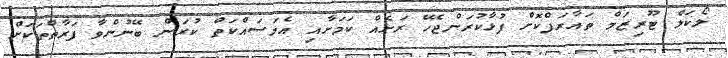
ލޯކަލް ޓޫރިޒަމް ތައާރަފްކޮށް ފުޅާކުރަންޖެހޭ ރަށެއް ކަމަށާއި އެމަސައްކަތް ކުރަން ބޭނުންވާ ފަރާތްތަކަށް